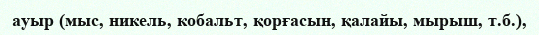
ауыр (мыс, никель, кобальт, қорғасын, қалайы, мырыш, т.б.),